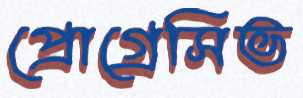
প্রোগ্রেসিভ